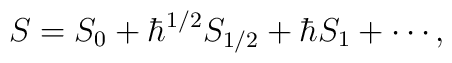
S = S_0 + \hbar^{1/2} S_{1/2} + \hbar S_1 + \cdots,